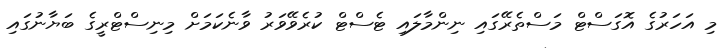
މި އަހަރުގެ އޮގަސްޓް މަސްތެރޭގައި ނިންމާލައި ޓެސްޓް ކުރެވޭވަރު ވާނެކަމަށް މިނިސްޓްރީގެ ބަޔާނުގައި